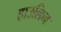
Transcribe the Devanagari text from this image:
हाउलिन